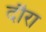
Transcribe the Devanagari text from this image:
दौरा